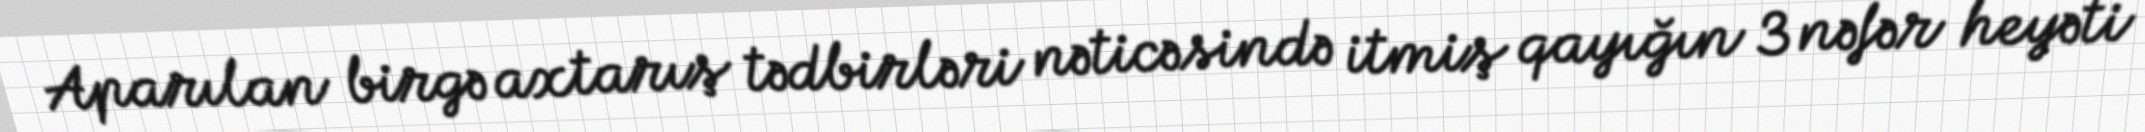
Aparılan birgə axtarış tədbirləri nəticəsində itmiş qayığın 3 nəfər heyəti